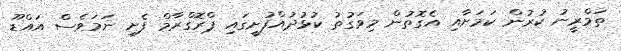
ތަމްރީނު ކުރުން ކަމަށާއި އެގޮތުން މިވަގުތު ކުޅުދުއްފުށީގައި ޕްރޮގްރާމް ފެށި ނަމަވެސް އައްޑޫ